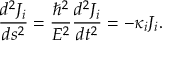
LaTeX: \frac { d ^ { 2 } J _ { i } } { d s ^ { 2 } } = \frac { \hbar ^ { 2 } } { E ^ { 2 } } \frac { d ^ { 2 } J _ { i } } { d t ^ { 2 } } = - \kappa _ { i } J _ { i } .